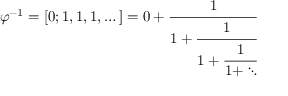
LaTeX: \varphi ^ { - 1 } = [ 0 ; 1 , 1 , 1 , \dots ] = 0 + { \cfrac { 1 } { 1 + { \cfrac { 1 } { 1 + { \cfrac { 1 } { 1 + \ddots } } } } } }